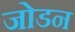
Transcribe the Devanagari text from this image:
जोडन